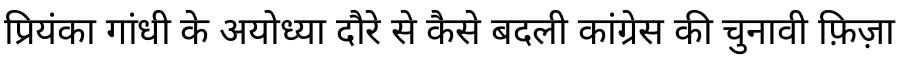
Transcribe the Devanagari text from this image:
प्रियंका गांधी के अयोध्या दौरे से कैसे बदली कांग्रेस की चुनावी फ़िज़ा